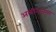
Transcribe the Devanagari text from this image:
अलीनानगर